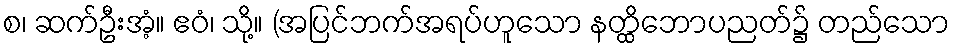
စ၊ ဆက်ဦးအံ့။ ဧဝံ၊ သို့။ (အပြင်ဘက်အရပ်ဟူသော နတ္ထိဘောပညတ်၌ တည်သော